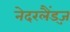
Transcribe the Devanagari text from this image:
नेदरलैंड्ज़